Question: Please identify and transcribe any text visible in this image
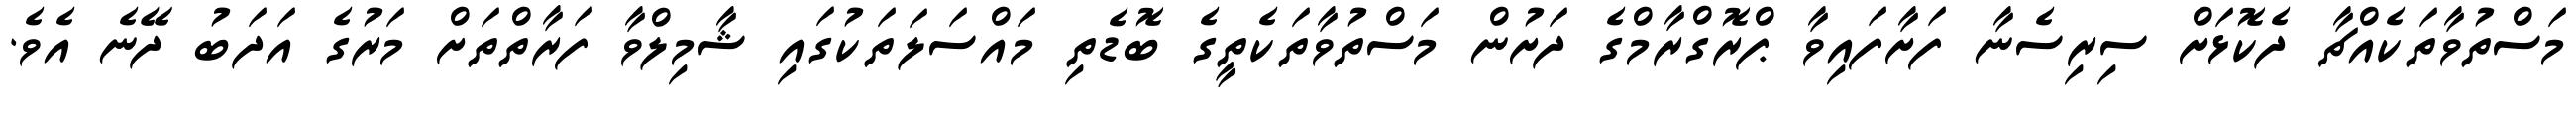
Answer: މަސްތުވާތަކެއްޗާ ދެކޮޅަށް ސިރިސެނާ ފަށާފައިވާ ޕްރޮގްރާމްގެ ދަށުން މަސްތުވާތަކެތީގެ ބޮޑެތި މައްސަލަތަކުގައި ޝާމިލްވާ ފަރާތްތަށް މަރުގެ އަދަބު ދޭނެ އެވެ.